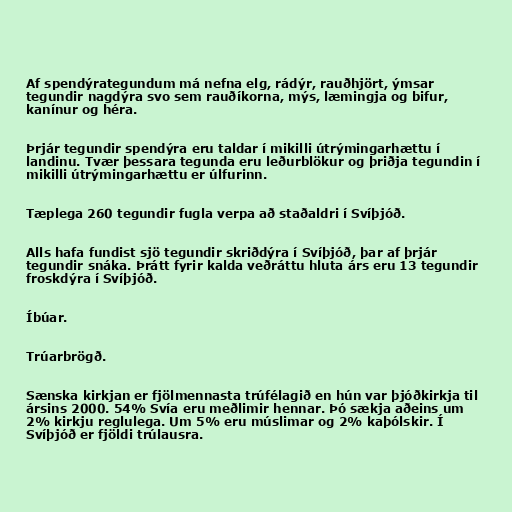
Af spendýrategundum má nefna elg, rádýr, rauðhjört, ýmsar
tegundir nagdýra svo sem rauðíkorna, mýs, læmingja og bifur,
kanínur og héra.

Þrjár tegundir spendýra eru taldar í mikilli útrýmingarhættu í
landinu. Tvær þessara tegunda eru leðurblökur og þriðja tegundin í
mikilli útrýmingarhættu er úlfurinn.

Tæplega 260 tegundir fugla verpa að staðaldri í Svíþjóð.

Alls hafa fundist sjö tegundir skriðdýra í Svíþjóð, þar af þrjár
tegundir snáka. Þrátt fyrir kalda veðráttu hluta árs eru 13 tegundir
froskdýra í Svíþjóð.

Íbúar.

Trúarbrögð.

Sænska kirkjan er fjölmennasta trúfélagið en hún var þjóðkirkja til
ársins 2000. 54% Svía eru meðlimir hennar. Þó sækja aðeins um
2% kirkju reglulega. Um 5% eru múslimar og 2% kaþólskir. Í
Svíþjóð er fjöldi trúlausra.